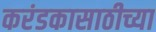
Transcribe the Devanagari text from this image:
करंडकासाठीच्या